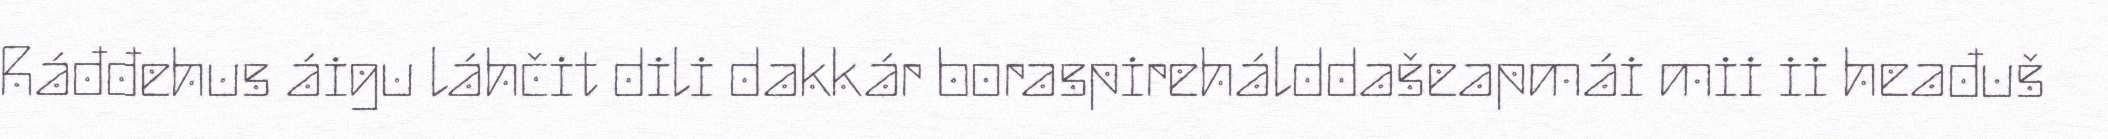
Ráđđehus áigu láhčit dili dakkár boraspirehálddašeapmái mii ii heađuš